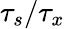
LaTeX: \tau_{s}/\tau_{x}